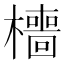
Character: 𣞸